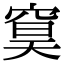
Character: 䆨